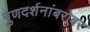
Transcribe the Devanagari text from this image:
गुणदर्शनांबरोबर